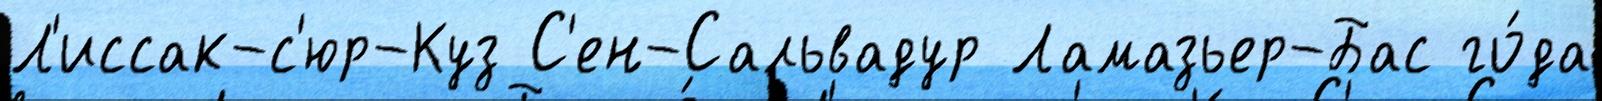
Л'иссак-с'юр-Куз С'ен-Сальвадур Ламазьер-Бас го́да